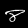
Label: 8